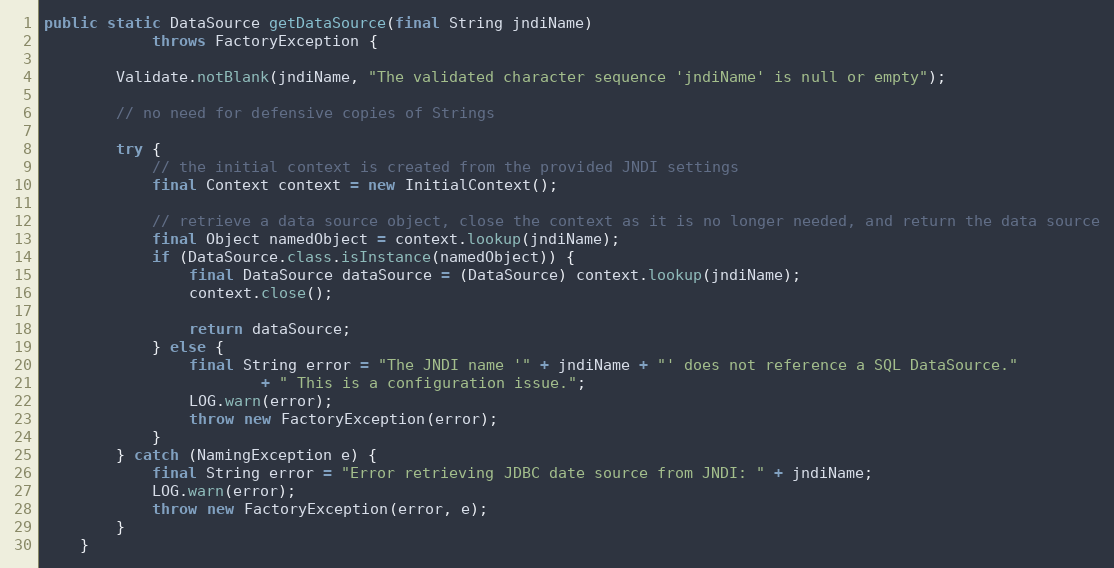
Language: Java
public static DataSource getDataSource(final String jndiName)
            throws FactoryException {

        Validate.notBlank(jndiName, "The validated character sequence 'jndiName' is null or empty");

        // no need for defensive copies of Strings

        try {
            // the initial context is created from the provided JNDI settings
            final Context context = new InitialContext();

            // retrieve a data source object, close the context as it is no longer needed, and return the data source
            final Object namedObject = context.lookup(jndiName);
            if (DataSource.class.isInstance(namedObject)) {
                final DataSource dataSource = (DataSource) context.lookup(jndiName);
                context.close();

                return dataSource;
            } else {
                final String error = "The JNDI name '" + jndiName + "' does not reference a SQL DataSource."
                        + " This is a configuration issue.";
                LOG.warn(error);
                throw new FactoryException(error);
            }
        } catch (NamingException e) {
            final String error = "Error retrieving JDBC date source from JNDI: " + jndiName;
            LOG.warn(error);
            throw new FactoryException(error, e);
        }
    }